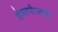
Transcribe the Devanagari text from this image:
शेक्सपीअरची